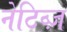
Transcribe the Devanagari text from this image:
नेटिव्ज़